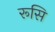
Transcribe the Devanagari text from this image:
रूसि